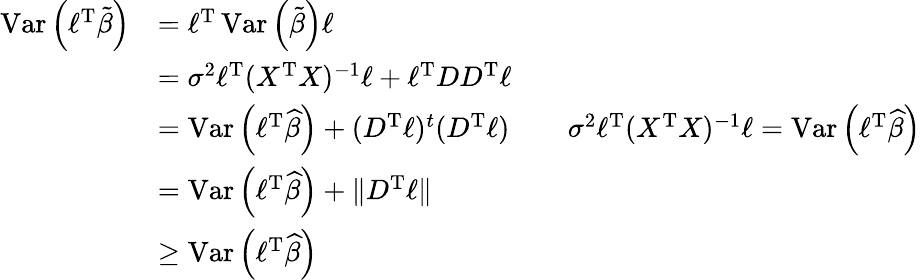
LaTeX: {\begin{array}{rlrl}{\operatorname{Var}\left(\ell^{\operatorname{T}}{\tilde{\beta}}\right)}&{=\ell^{\operatorname{T}}\operatorname{Var}\left({\tilde{\beta}}\right)\ell}\\ &{=\sigma^{2}\ell^{\operatorname{T}}(X^{\operatorname{T}}X)^{-1}\ell+\ell^{\operatorname{T}}DD^{\operatorname{T}}\ell}\\ &{=\operatorname{Var}\left(\ell^{\operatorname{T}}{\widehat{\beta}}\right)+(D^{\operatorname{T}}\ell)^{t}(D^{\operatorname{T}}\ell)}&&{\sigma^{2}\ell^{\operatorname{T}}(X^{\operatorname{T}}X)^{-1}\ell=\operatorname{Var}\left(\ell^{\operatorname{T}}{\widehat{\beta}}\right)}\\ &{=\operatorname{Var}\left(\ell^{\operatorname{T}}{\widehat{\beta}}\right)+\| D^{\operatorname{T}}\ell\| }\\ &{\geq\operatorname{Var}\left(\ell^{\operatorname{T}}{\widehat{\beta}}\right)}\end{array}}